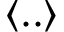
\langle . . \rangle